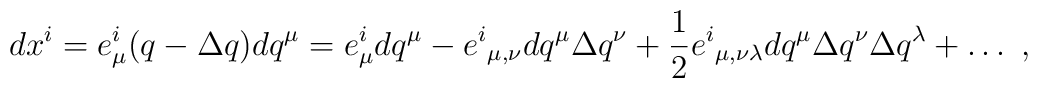
dx^i = e_\mu^i (q-\Delta q) dq^\mu = e^i_\mu dq^\mu -{e^i}_{\mu,\nu}dq^\mu \Delta q^\nu + \frac{1}{2} {e^i}_{\mu,\nu\lambda} dq^\mu \Delta q^\nu\Delta q^\lambda + \dots~,